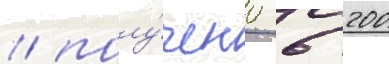
/ полу́чено 6 200